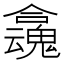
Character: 𡄬